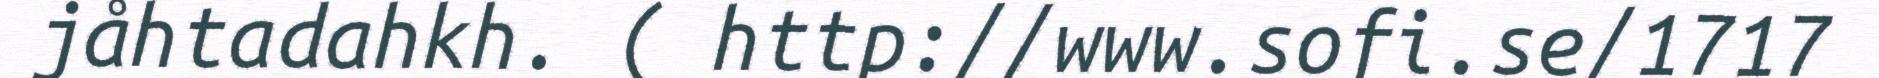
jåhtadahkh. ( http://www.sofi.se/1717